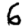
Digit: 6